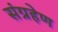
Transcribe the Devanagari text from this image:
संग्रहेण